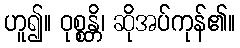
ဟူ၍။ ဝုစ္စန္တိ၊ ဆိုအပ်ကုန်၏။